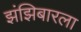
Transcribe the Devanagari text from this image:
झंझिबारला